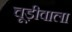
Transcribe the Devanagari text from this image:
चूड़ीवाला